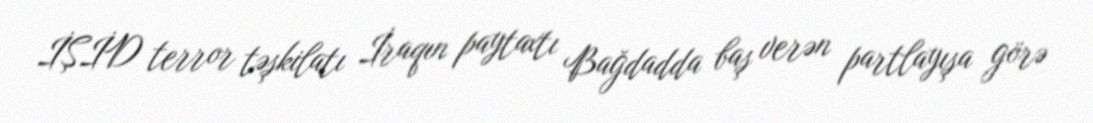
İŞİD terror təşkilatı İraqın paytaxtı Bağdadda baş verən partlayışa görə